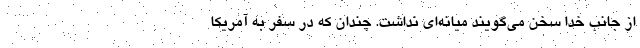
از جانب خدا سخن می‌گویند میانه‌ای نداشت. چندان که در سفر به آمریکا